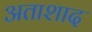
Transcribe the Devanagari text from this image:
अताशाद